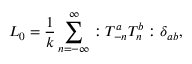
L _ { 0 } = \frac { 1 } { k } \sum _ { n = - \infty } ^ { \infty } : T _ { - n } ^ { a } T _ { n } ^ { b } : \delta _ { a b } ,